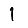
Digit: 1